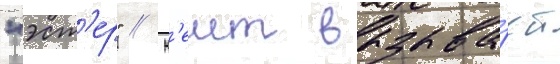
"эст'ер" // К'еит вызыва́ет